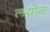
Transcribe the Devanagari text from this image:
लयोन